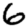
Digit: 6